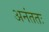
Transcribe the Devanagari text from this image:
अनंततः